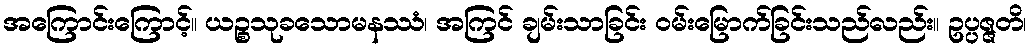
အကြောင်းကြောင့်။ ယဉ္စသုခသောမနဿံ၊ အကြင် ချမ်းသာခြင်း ဝမ်းမြောက်ခြင်းသည်လည်း။ ဥပ္ပဇ္ဇတိ၊